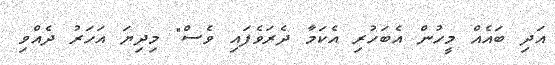
އަދި ބައެއް މީހުން އެބަހުރި އެކަމާ ދެރަވެފައި ވެސް" މިދިޔަ އަހަރު ދެއްވި